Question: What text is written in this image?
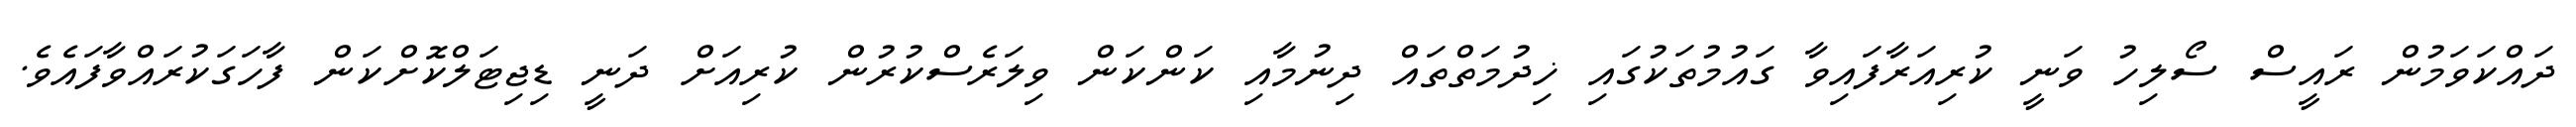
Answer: ދައްކަވަމުން ރައީސް ސޯލިހު ވަނީ ކުރިއަރާފައިވާ ގައުމުތަކުގައި ޚިދުމަތްތައް ދިނުމާއި ކަންކަން ވިލަރެސްކުރުން ކުރިއަށް ދަނީ ޑިޖިޓަލްކޮށްކަން ފާހަގަކުރައްވާފައެވެ.